Problem: 8 × 5 = ?
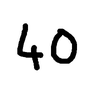
Handwritten answer: 40